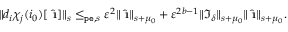
\begin{array} { r } { \rVert d _ { i } \chi _ { j } ( i _ { 0 } ) [ \hat { \textbf { \i } } ] \rVert _ { s } \le _ { \mathtt { p e } , s } \varepsilon ^ { 2 } \rVert \hat { \textbf { \i } } \rVert _ { s + \mu _ { 0 } } + \varepsilon ^ { 2 b - 1 } \rVert \mathfrak { I } _ { \delta } \rVert _ { s + \mu _ { 0 } } \rVert \hat { \textbf { \i } } \rVert _ { s + \mu _ { 0 } } . } \end{array}